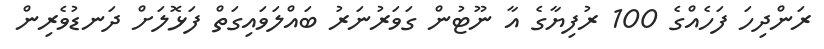
ރަންދިހަ ފަހެއްގެ 100 ރުފިޔާގެ އާ ނޫޓުން ގަވަރުނަރު ބައްލަވައިގަތް ފަޅޮލަށް ދަނޑުވެރިން